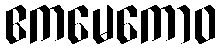
ဧကမေကောဝ